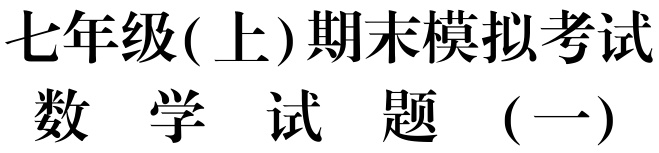
七年级( 上)期末模拟考试

数 学 试 题 （一）